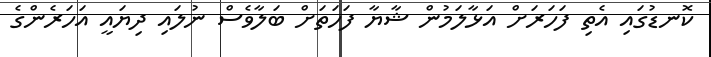
ކޮނޑުގައި އެތި ފަހަރަށް އަޅާލަމުން ޝާޔާ ފަހަތަށް ބަލާވެސް ނުލައި ދިޔައީ އަހަރެންގެ